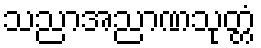
သညာအညာဏသုတ္တံ